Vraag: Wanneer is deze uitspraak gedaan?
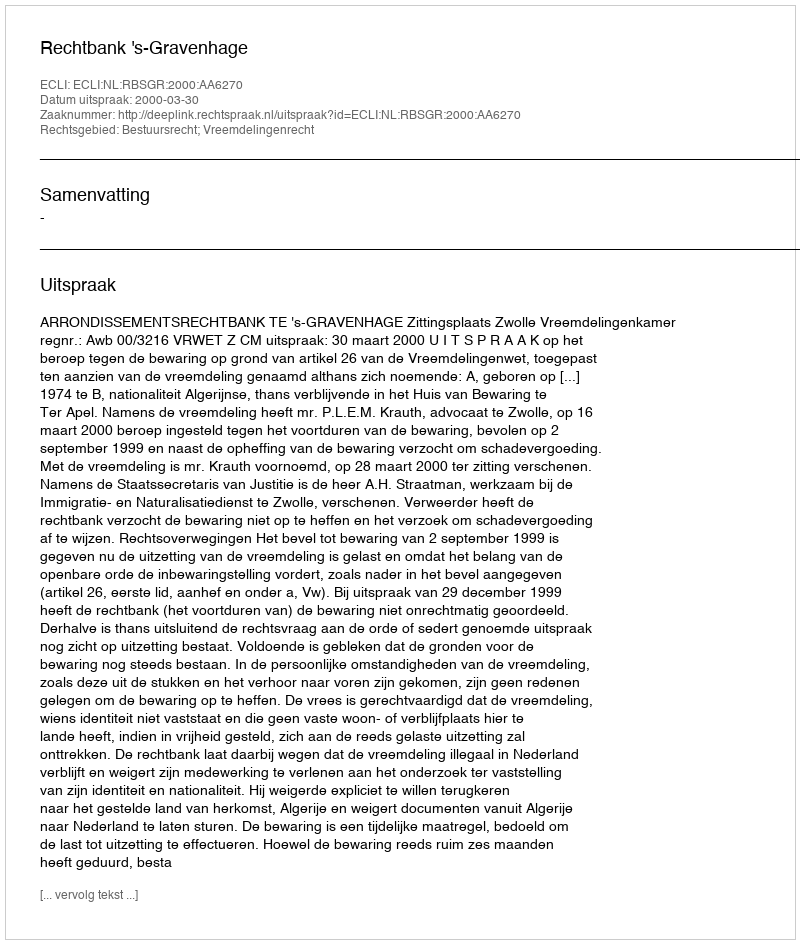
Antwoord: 2000-03-30